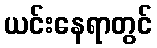
ယင်းနေရာတွင်